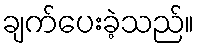
ချက်ပေးခဲ့သည်။